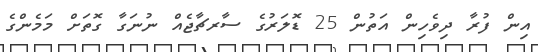
އިން ފުރާ ދިވެހިން އަތުން 25 ޑޮލަރުގެ ސާރޗާޖެއް ނުނަގާ ގޮތަށް މަމެންގެ